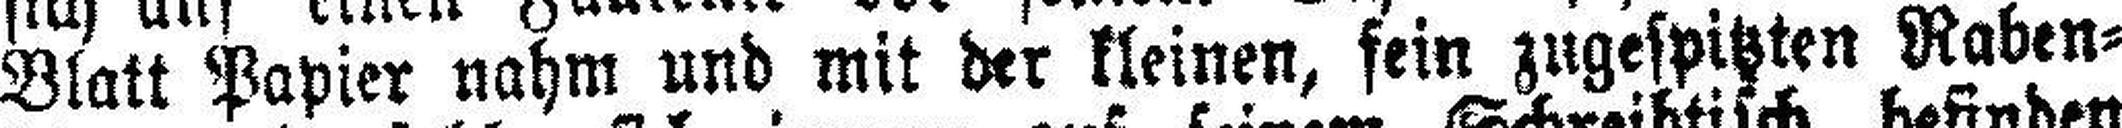
Blatt Papier nahm und mit der kleinen, sein zugespitzten Raben¬